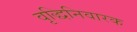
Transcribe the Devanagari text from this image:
वृद्धिनिवारक